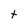
Character: t